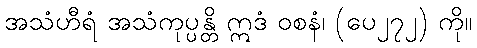
အသံဟီရံ အသံကုပ္ပန္တိ ဣဒံ ဝစနံ၊ (ပေ၂၇၂) ကို။